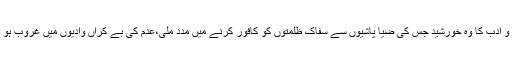
علم و ادب کا وہ خورشید جس کی ضیا پاشیوں سے سفاک ظلمتوں کو کافور کرنے میں مدد ملی،عدم کی بے کراں وادیوں میں غروب ہو گیا۔